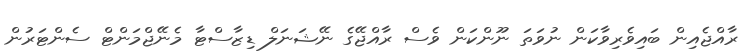
ރާއްޖެއިން ބައިވެރިވާކަން ނުވަތަ ނޫންކަން ވެސް ރާއްޖޭގެ ނޭޝަނަލް ޑިޒާސްޓާ މެނޭޖްމަންޓް ސެންޓަރުން